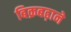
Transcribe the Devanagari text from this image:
बिक्रबढ़ाने